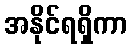
အနိုင်ရရှိကာ